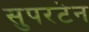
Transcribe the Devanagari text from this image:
सुपरटेन